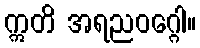
ဣတိ အရညဝဂ္ဂေါ။